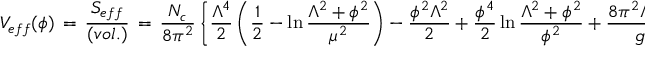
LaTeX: V _ { e f \/ f } ( \phi ) \, = \, \frac { S _ { e f f } } { ( v o l . ) } \, = \, \frac { N _ { c } } { 8 \pi ^ { 2 } } \left\{ \frac { \Lambda ^ { 4 } } { 2 } \left( { \frac { 1 } { 2 } } - \ln \frac { \Lambda ^ { 2 } + \phi ^ { 2 } } { \mu ^ { 2 } } \right) - \frac { \phi ^ { 2 } \Lambda ^ { 2 } } { 2 } + \frac { \phi ^ { 4 } } { 2 } \ln \frac { \Lambda ^ { 2 } + \phi ^ { 2 } } { \phi ^ { 2 } } + \frac { 8 \pi ^ { 2 } \Lambda ^ { 2 } \, \phi ^ { 2 } } { g ^ { 2 } } \right\} ,